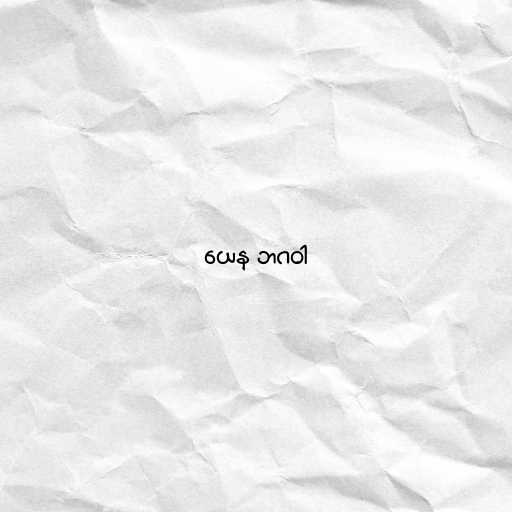
ယေန ဘဂဝါ